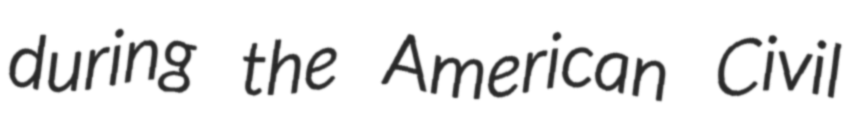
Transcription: during the American Civil